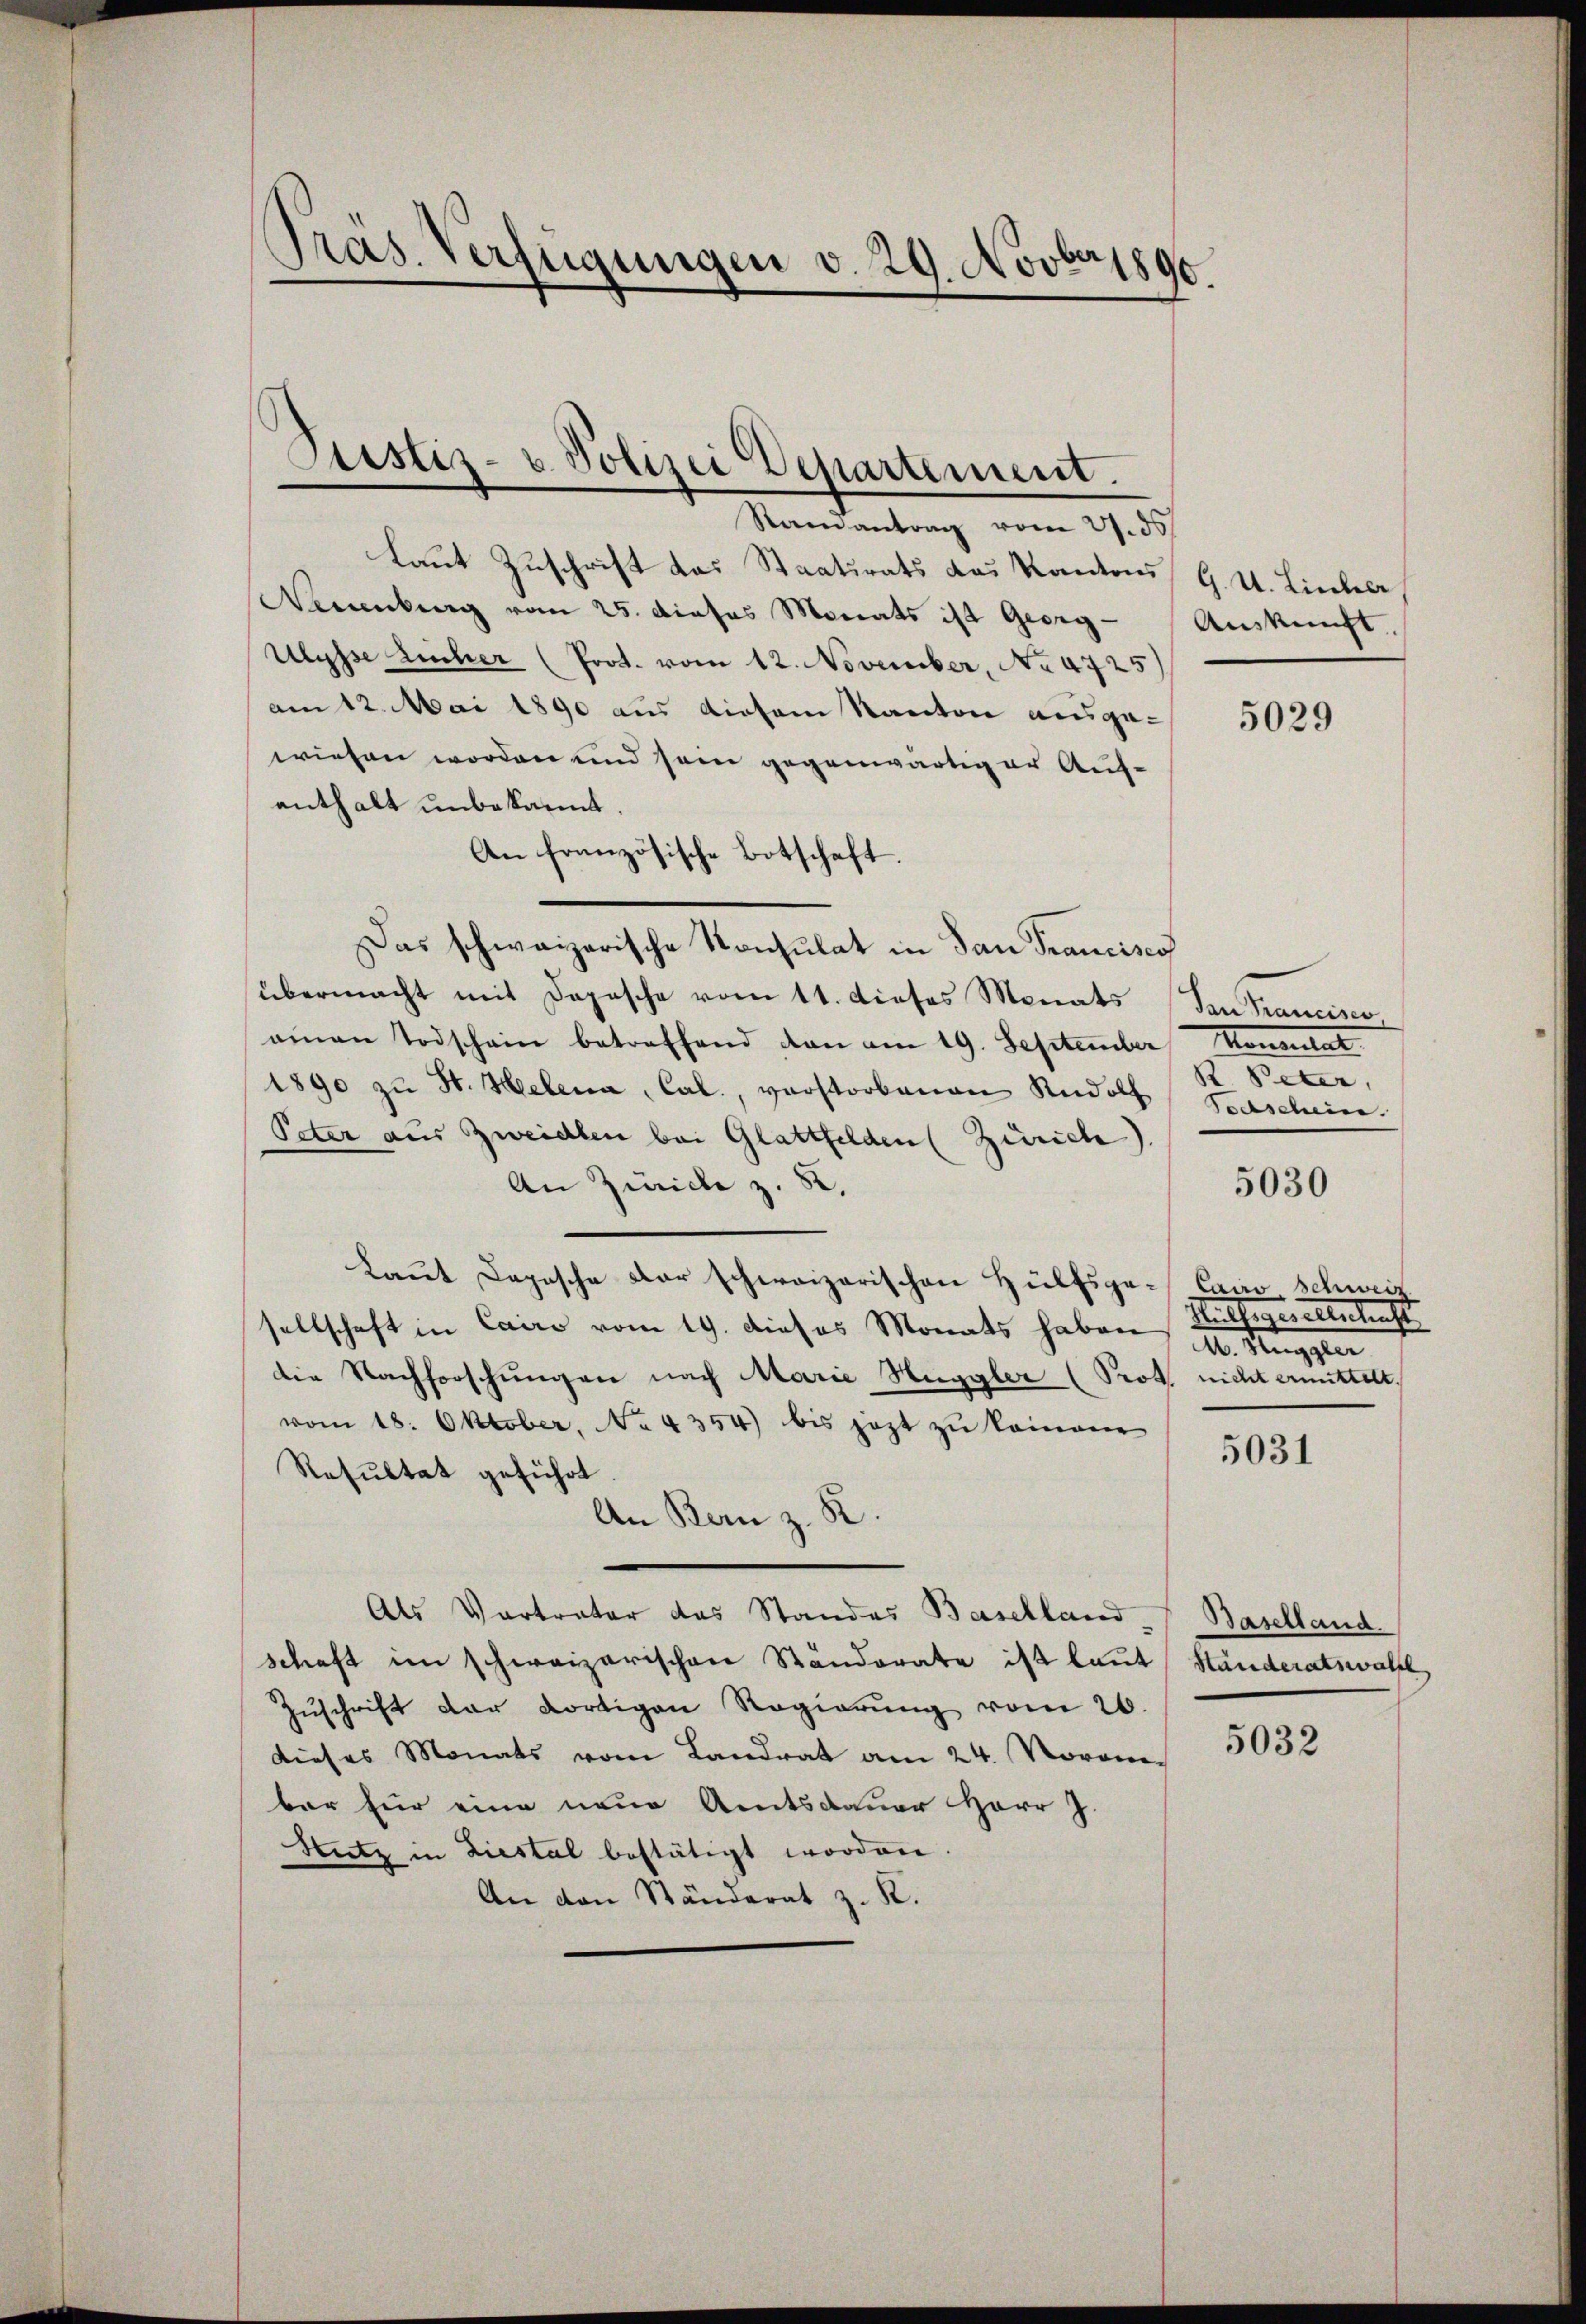
Pras. Verfügungen v. 29. Novber 1890.

Justiz- & Polizei Departement.

Ramantrag vom 27. ds
Laut Zuschrift das Staatsrats das Kantons G. V. Liecher,
Neuenburg vom 25. dieses Monats ist Georg -
Ulysse zieher (Prot. vom 12. November, No 4725
am 12. Mai 1890 aus diesem Kanton ausgewiesen worden und sein gegenwärtiger Auf-
enthalt unbekannt.
An französische Botschaft.
Das schweizerische Konsulat in San Francisco
übermacht mit Depesche vom 11. dieses Monats (San Francisco
ainen Todschein betreffend von am 19. September Konsulat
1890 zu St. Helena, Cal., verstorbenen Rudolf
Peter aus Zweidlen bei Glattfelden (Zürich).
An Zürich z. B.
Laut Depesche Dar schweizerischen Hülfsge- Cano, Schweiz
sellschaft in Cairo vom 19. dieses Monats haben d. Menge
die Nachforschungen nach Marie Huggler (Prot. nicht ermittelt.
vom 18. Oktober, No 4354) bis jezt zu kommene
Resultat geführt
An Bern z. R.
Als Vortrater das Standes Baselland Baselland.
schaft im schweizerischen Ständerate ist laut Ständeratswalch
Zŭschrift der dortigen Regierŭng vom 26.
dieses Monats vom Landrat am 24. Novom.
bar für eine neue Amtsdauer Herr J.
Stutz in Liestal bestätigt worden.
An den Ständerat z. K.

Auskunft,

5029

R Peter,
easchein.

5030

Aatharinettenhaft

5031

5032